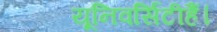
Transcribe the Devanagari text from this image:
यूनिवर्सिटीहैं।